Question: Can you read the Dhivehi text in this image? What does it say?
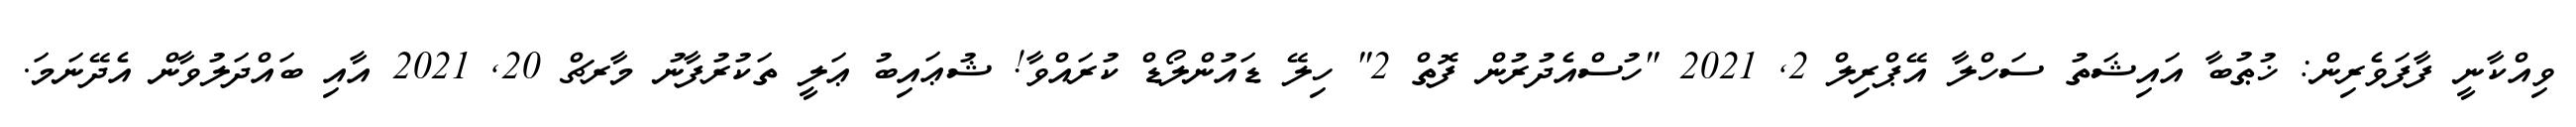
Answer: ވިއްކާނީ ފާފަވެރިން: ޚުޠުބާ އައިޝަތު ސަހްލާ އޭޕްރިލް 2, 2021 "ހުސްއެދުރުން ފޮތް 2" ހިލޭ ޑައުންލޯޑް ކުރައްވާ! ޝުޢައިބު ޢަލީ ތަކުރުފާނު މާރޗް 20, 2021 އާއި ބައްދަލުވާން އެދޭނަމަ.